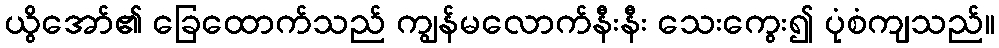
ယွိအော်၏ ခြေထောက်သည် ကျွန်မလောက်နီးနီး သေးကွေး၍ ပုံစံကျသည်။